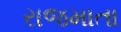
રાજમાતા